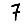
Digit: 7